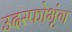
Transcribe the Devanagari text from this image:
उदस्फोभृंग